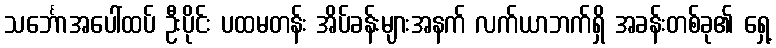
သင်္ဘောအပေါ်ထပ် ဦးပိုင်း ပထမတန်း အိပ်ခန်းများအနက် လက်ယာဘက်ရှိ အခန်းတစ်ခု၏ ရှေ့